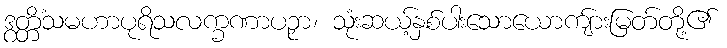
ဒွတ္တိံသမဟာပုရိသလက္ခဏာပဉှာ၊ သုံးဆယ့်နှစ်ပါးသောယောကျ်ားမြတ်တို့၏